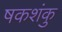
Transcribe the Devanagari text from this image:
षकशंकु